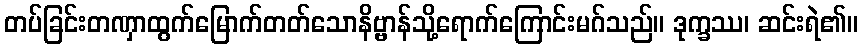
တပ်ခြင်းတဏှာထွက်မြောက်တတ်သောနိဗ္ဗာန်သို့ရောက်ကြောင်းမဂ်သည်။ ဒုက္ခဿ၊ ဆင်းရဲ၏။